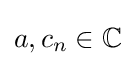
a,c_{n}\in \mathbb {C}